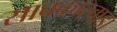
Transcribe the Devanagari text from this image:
सावकारवाडा